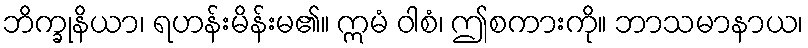
ဘိက္ခုနိယာ၊ ရဟန်းမိန်းမ၏။ ဣမံ ဝါစံ၊ ဤစကားကို။ ဘာသမာနာယ၊